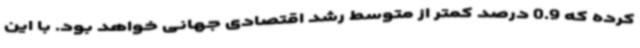
کرده که 0.9 درصد کمتر از متوسط رشد اقتصادی جهانی خواهد بود. با این